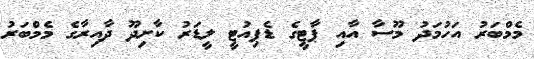
މެމްބަރު އަހުމަދު މޫސާ އާއި ޕާޓީގެ ޑެޕިއުޓީ ލީޑަރު ކާށިދޫ ދާއިރާގެ މެމްބަރު